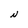
Character: N